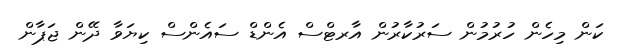
ކަން މިހެން ހުރުމުން ސަރުކާރުން އާރޓްސް އެންޑް ސައެންސް ކިޔަވާ ދޭން ޖަޕާން